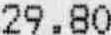
29.80